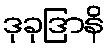
ဒုခုဒြာနိ